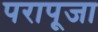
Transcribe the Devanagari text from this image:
परापूजा